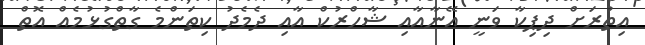
އިތުރަށް ދިޕިކާ ވަނީ އޭނާއާއި ޝާހްރުކް އާއި ދެމެދު ކިތަންމެ ގާތްގުޅުމެއް އޮތް